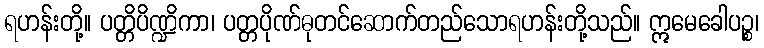
ရဟန်းတို့။ ပတ္တိပိဏ္ဍိကာ၊ ပတ္တပိုဏ်ဓုတင်ဆောက်တည်သောရဟန်းတို့သည်။ ဣမေခေါပဉ္စ၊